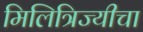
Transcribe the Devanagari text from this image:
मिलित्रिज्यीचा